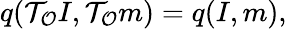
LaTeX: q(\mathcal T_{\mathcal O}I,\mathcal T_{\mathcal O}m)=q(I,m),